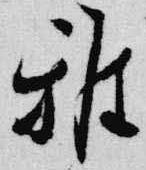
雅